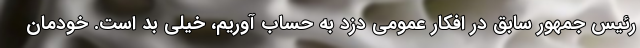
رئیس جمهور سابق در افکار عمومی دزد به حساب آوریم، خیلی بد است. خودمان